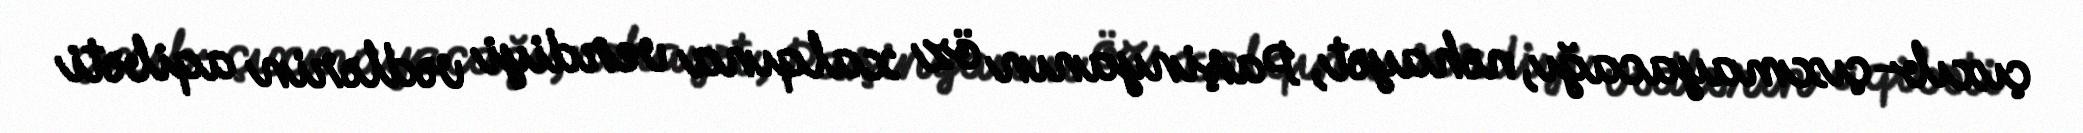
çıxıb-çıxmayacağı, nəhayət, Paşinyanın öz xalqına verdiyi vədlərin aqibəti